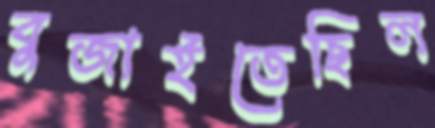
বুজাইতেছিল